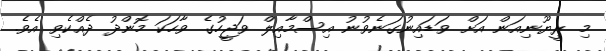
މި ރީޔޫނިއަން އަށް ވަޑައިނުގަނެވުނު އިސްމާއިލް ވަޖީހުގެ ވާހަކަ މޮންދު ދެއްކެވި އެވެ.